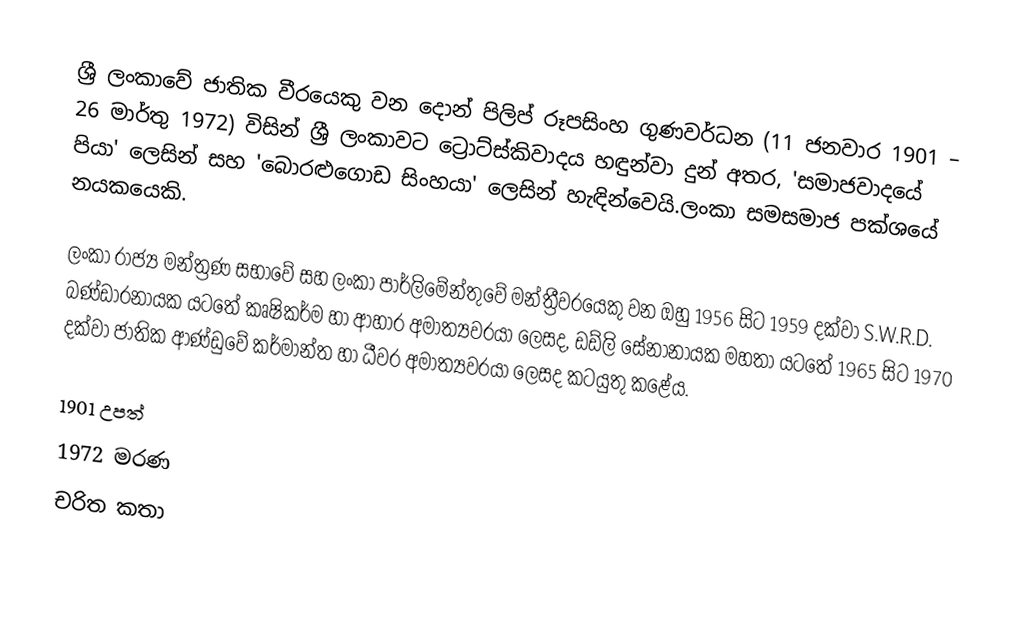
ශ්‍රී ලංකාවේ ජාතික වීරයෙකු වන දොන් පිලිප් රූපසිංහ ගුණවර්ධන (11 ජනවාර 1901 – 26 මාර්තු 1972) විසින් ශ්‍රී ලංකාවට ට්‍රොට්ස්කිවාදය හඳුන්වා දුන් අතර, 'සමාජවාදයේ පියා' ලෙසින් සහ 'බොරළුගොඩ සිංහයා' ලෙසින් හැඳින්වෙයි.ලංකා සමසමාජ පක්ශයේ නයකයෙකි.

ලංකා රාජ්‍ය මන්ත්‍රණ සභාවේ සහ ලංකා පාර්ලිමේන්තුවේ මන්ත්‍රීවරයෙකු වන ඔහු 1956 සිට 1959 දක්වා S.W.R.D. බණ්ඩාරනායක යටතේ කෘෂිකර්ම හා ආහාර අමාත්‍යවරයා ලෙසද, ඩඩ්ලි සේනානායක මහතා යටතේ 1965 සිට 1970 දක්වා ජාතික ආණ්ඩුවේ කර්මාන්ත හා ධීවර අමාත්‍යවරයා ලෙසද කටයුතු කළේය.

1901 උපත්
1972 මරණ
චරිත කතා